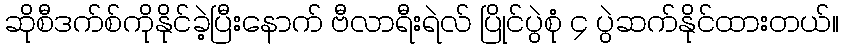
ဆိုစီဒက်စ်ကိုနိုင်ခဲ့ပြီးနောက် ဗီလာရီးရဲလ် ပြိုင်ပွဲစုံ ၄ ပွဲဆက်နိုင်ထားတယ်။